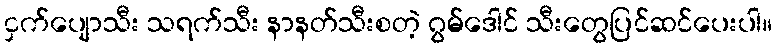
ငှက်ပျောသီး သရက်သီး နာနတ်သီးစတဲ့ ဂွမ်ဒေါင် သီးတွေပြင်ဆင်ပေးပါ။